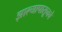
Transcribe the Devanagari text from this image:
झाल्यापासूनचे